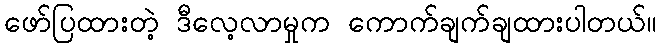
ဖော်ပြထားတဲ့ ဒီလေ့လာမှုက ကောက်ချက်ချထားပါတယ်။